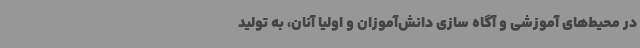
در محیط‌های آموزشی و آگاه سازی دانش‌آموزان و اولیا آنان، به تولید